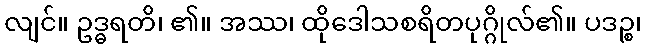
လျင်။ ဥဒ္ဓရတိ၊ ၏။ အဿ၊ ထိုဒေါသစရိတပုဂ္ဂိုလ်၏။ ပဒဉ္စ၊